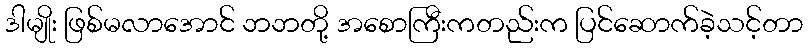
ဒါမျိုး ဖြစ်မလာအောင် ဘဘတို့ အစောကြီးကတည်းက ပြင်ဆောက်ခဲ့သင့်တာ